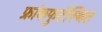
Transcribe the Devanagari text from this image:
फ्रांकफुर्टस्थित